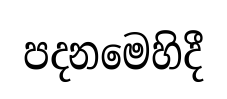
පදනමෙහිදී